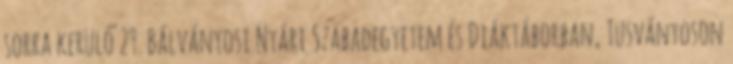
sorra kerülő 29. Bálványosi Nyári Szabadegyetem és Diáktáborban, Tusványoson